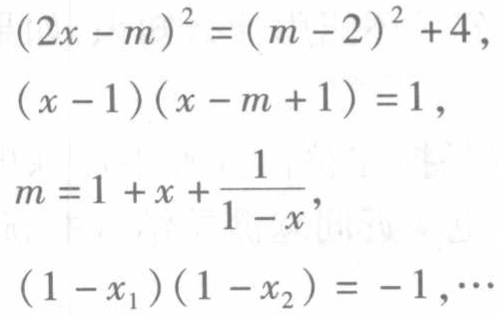
\((2x - m)^{2} = (m - 2)^{2} + 4,\)
\((x - 1)(x - m + 1) = 1,\)
\(m = 1 + x + \frac{1}{1 - x},\)
\((1 - x_{1})(1 - x_{2}) = - 1,\cdots\)